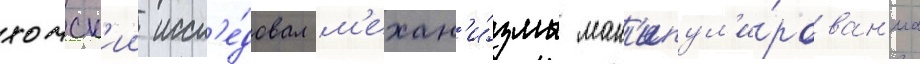
хомск'ии иссл'е́довал м'ехан'и́змы ман'ипул'и́рован'иа